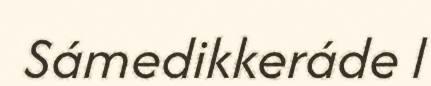
Sámedikkeráde l